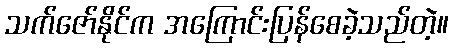
သက်ဇော်နိုင်က အကြောင်းပြန်စေခဲ့သည်တဲ့။